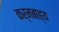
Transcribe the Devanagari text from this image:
कर्मबाह्य